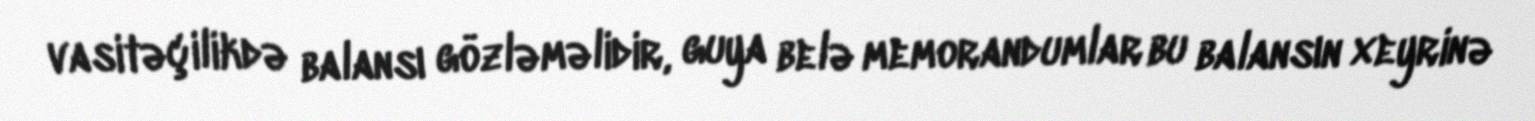
vasitəçilikdə balansı gözləməlidir, guya belə memorandumlar bu balansın xeyrinə